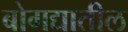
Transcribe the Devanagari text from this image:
बोगद्यातील